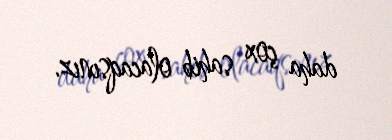
daha çox sahib olacaqsınız.